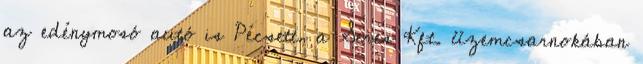
az edénymosó autó is Pécsett, a Seres Kft. üzemcsarnokában